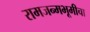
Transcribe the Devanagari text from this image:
रामजन्मभूमीचा